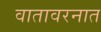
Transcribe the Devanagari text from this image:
वातावरनात